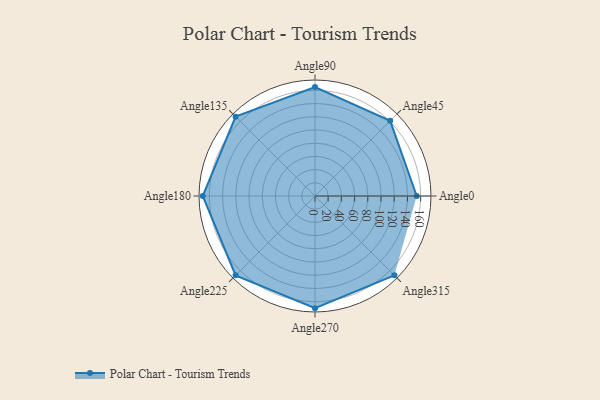
{"axis": {"x": "Angle", "y": "Radius"}, "legend": [""], "data": [{"x": "Angle0", "y": 154.0, "type": ""}, {"x": "Angle45", "y": 161.0, "type": ""}, {"x": "Angle90", "y": 165.0, "type": ""}, {"x": "Angle135", "y": 170, "type": ""}, {"x": "Angle180", "y": 170, "type": ""}, {"x": "Angle225", "y": 170, "type": ""}, {"x": "Angle270", "y": 170, "type": ""}, {"x": "Angle315", "y": 170, "type": ""}]}